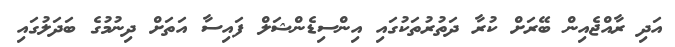
އަދި ރާއްޖެއިން ބޭރަށް ކުރާ ދަތުރުތަކުގައި އިންސިޑެންޝަލް ފައިސާ އަތަށް ދިނުމުގެ ބަދަލުގައި